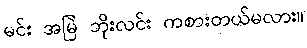
မင်း အမြဲ ဘိုးလင်း ကစားတယ်မလား။